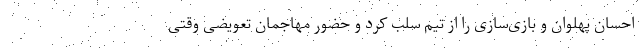
احسان پهلوان و بازی‌سازی را از تیم سلب کرد و حضور مهاجمان تعویضی وقتی